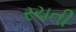
રચતી